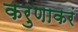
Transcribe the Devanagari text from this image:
करुणाकरं